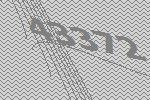
43372